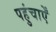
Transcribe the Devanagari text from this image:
पहुंचाऐँ